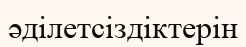
әділетсіздіктерін